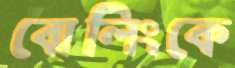
বোলিংকে